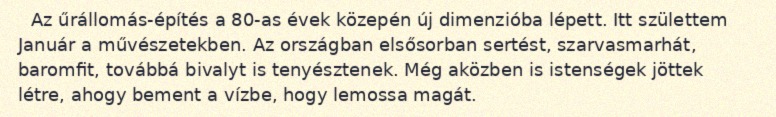
Az űrállomás-építés a 80-as évek közepén új dimenzióba lépett. Itt születtem Január a művészetekben. Az országban elsősorban sertést, szarvasmarhát, baromfit, továbbá bivalyt is tenyésztenek. Még aközben is istenségek jöttek létre, ahogy bement a vízbe, hogy lemossa magát.